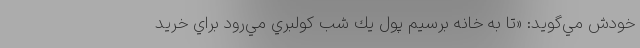
خودش مي‌گويد: «تا به خانه برسيم پول يك شب كولبري مي‌رود براي خريد